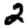
Digit: 2